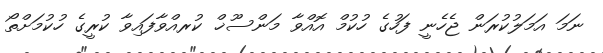
ނަމަ އަމަލުކުރަން ޖެހެނީ ފަހުގެ ހުކުމް އޮއްވާ މަންސޫޚް ކުރއްވާފައިވާ ކުރީގެ ހުކުމަށްތޯ